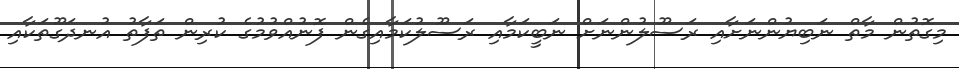
މިގޮތުން މާތް ނަބިޔުންނަށާއި ރަސޫލުންނަށް ނަބީކަމާއި ރަސޫލުކަމާއިގެން ފޮނުއްވުމުގެ ކުރިން ތަފާތު އުނދަގޫތަކާއި